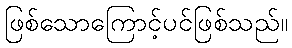
ဖြစ်သောကြောင့်ပင်ဖြစ်သည်။